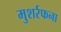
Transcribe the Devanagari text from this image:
मुशर्रफना